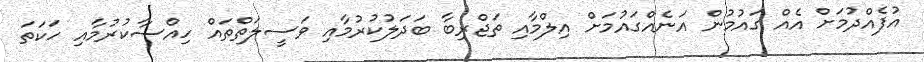
އުފެއްދުމަށް އެއް ގައުމުން އަނެއްގައުމަށް އިލްމާއި ތަޖްރިބާ ބަދަލުކުރުމާއި ވަސީލަތްތައް ހިއްސާކުރުމާއި ހަކަތަ